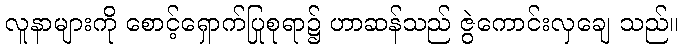
လူနာများကို စောင့်ရှောက်ပြုစုရာ၌ ဟာဆန်သည် ဇွဲကောင်းလှချေ သည်။